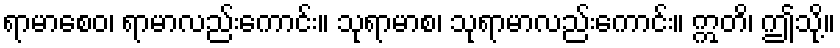
ရာမာစေဝ၊ ရာမာလည်းကောင်း။ သုရာမာစ၊ သုရာမာလည်းကောင်း။ ဣတိ၊ ဤသို့။